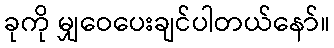
ခုကို မျှဝေပေးချင်ပါတယ်နော်။